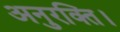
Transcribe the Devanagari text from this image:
अनुरक्ति।